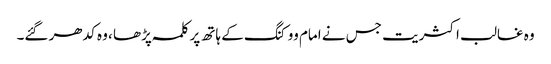
وہ غالب اکثریت جس نے امام ووکنگ کے ہاتھ پر کلمہ پڑھا ، وہ کدھر گئے۔